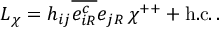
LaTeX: { \cal L } _ { \chi } = h _ { i j } \overline { { { e _ { i R } ^ { c } } } } e _ { j R } \, \chi ^ { + + } + \mathrm { h . c . } \, .